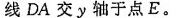
线DA交y轴于点E。